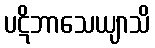
ပဋိဘာသေယျာသိ